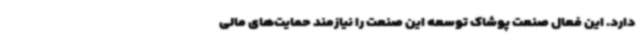
دارد. این فعال صنعت پوشاک توسعه این صنعت را نیازمند حمایت‌های مالی